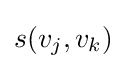
s(v_{j},v_{k})